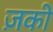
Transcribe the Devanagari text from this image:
ज़की